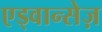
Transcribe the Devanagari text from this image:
एड्वान्सेज़